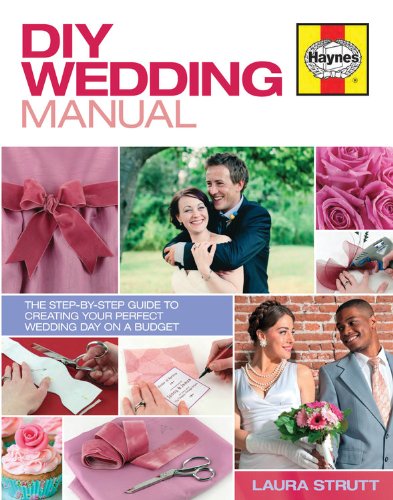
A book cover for DIY Wedding Manual: The Step-by-Step Guide to Creating your Perfect Wedding Day on a Budget; Laura Strutt; Crafts, Hobbies & Home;